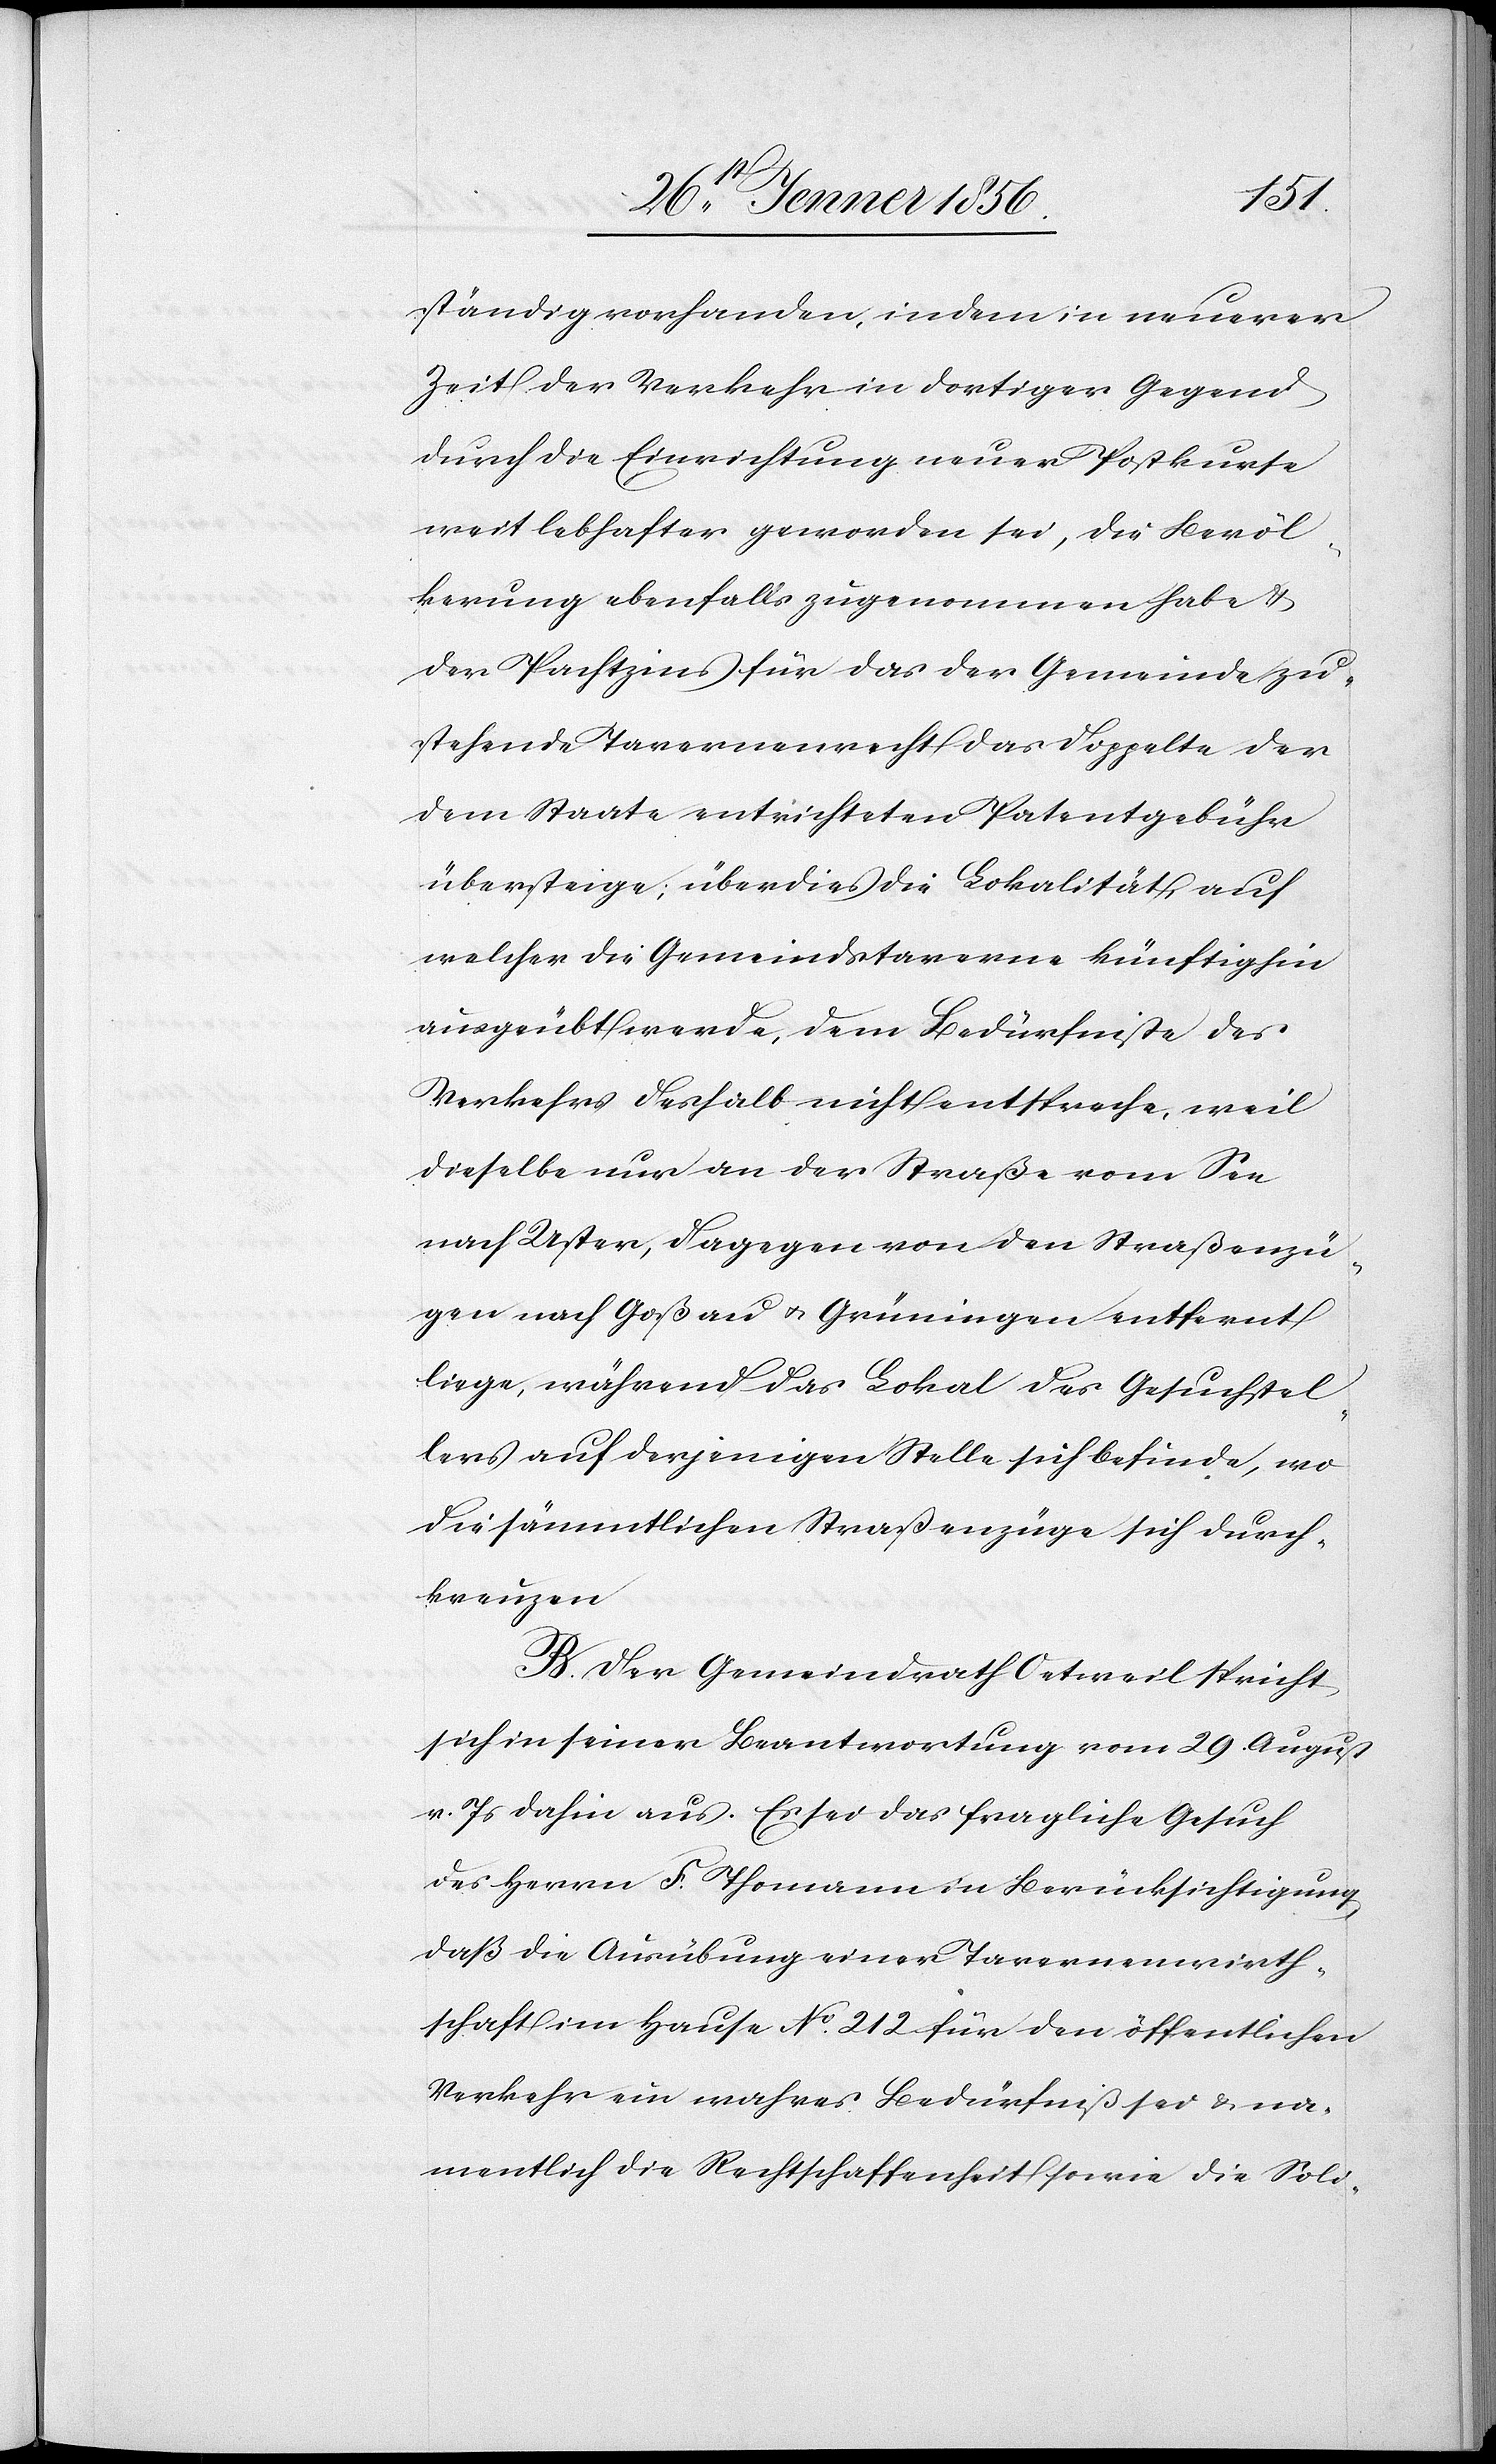
ständig vorhanden, indem in neuerer
Zeit der Verkehr in dortiger Gegend
durch die Einrichtung neuer Postkurse
weit lebhafter geworden sei, die Bevöl¬
kerung ebenfalls zugenommen habe &
der Pachtzins für das der Gemeinde zu¬
stehende Tavernenrecht das doppelte der
dem Staate entrichteten Patentgebühr
übersteige; überdies die Lokalität, auf
welcher die Gemeindstaverne künftighin
ausgeübt werde, dem Bedürfniße des
Verkehrs deshalb nicht entspreche, weil
dieselbe nur an der Straße vom See
nach Uster, dagegen von den Straßenzü¬
gen nach Goßau u. Grüningen entfernt
liege, während das Lokal des Gesuchstel¬
lers auf derjenigen Stelle sich befinde, wo
die sämmtlichen Straßenzüge sich durch¬
kreuzen.
B. Der Gemeindrath Oetweil spricht
sich in seiner Beantwortung vom 29. August
v. Js dahin aus. Es sei das fragliche Gesuch
des Herrn F. Thomann in Berücksichtigung,
daß die Ausübung einer Tavernenwirth¬
schaft im Hause No. 212 für den öffentlichen
Verkehr ein wahres Bedürfniß sei u. na¬
mentlich die Rechtschaffenheit sowie die Soli-